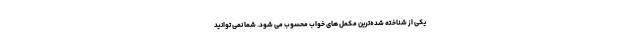
یکی از شناخته شده‌ترین مکمل های خواب محسوب می شود. شما نمی توانید